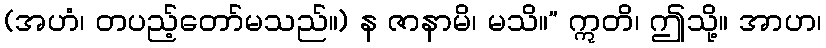
(အဟံ၊ တပည့်တော်မသည်။) န ဇာနာမိ၊ မသိ။” ဣတိ၊ ဤသို့။ အာဟ၊